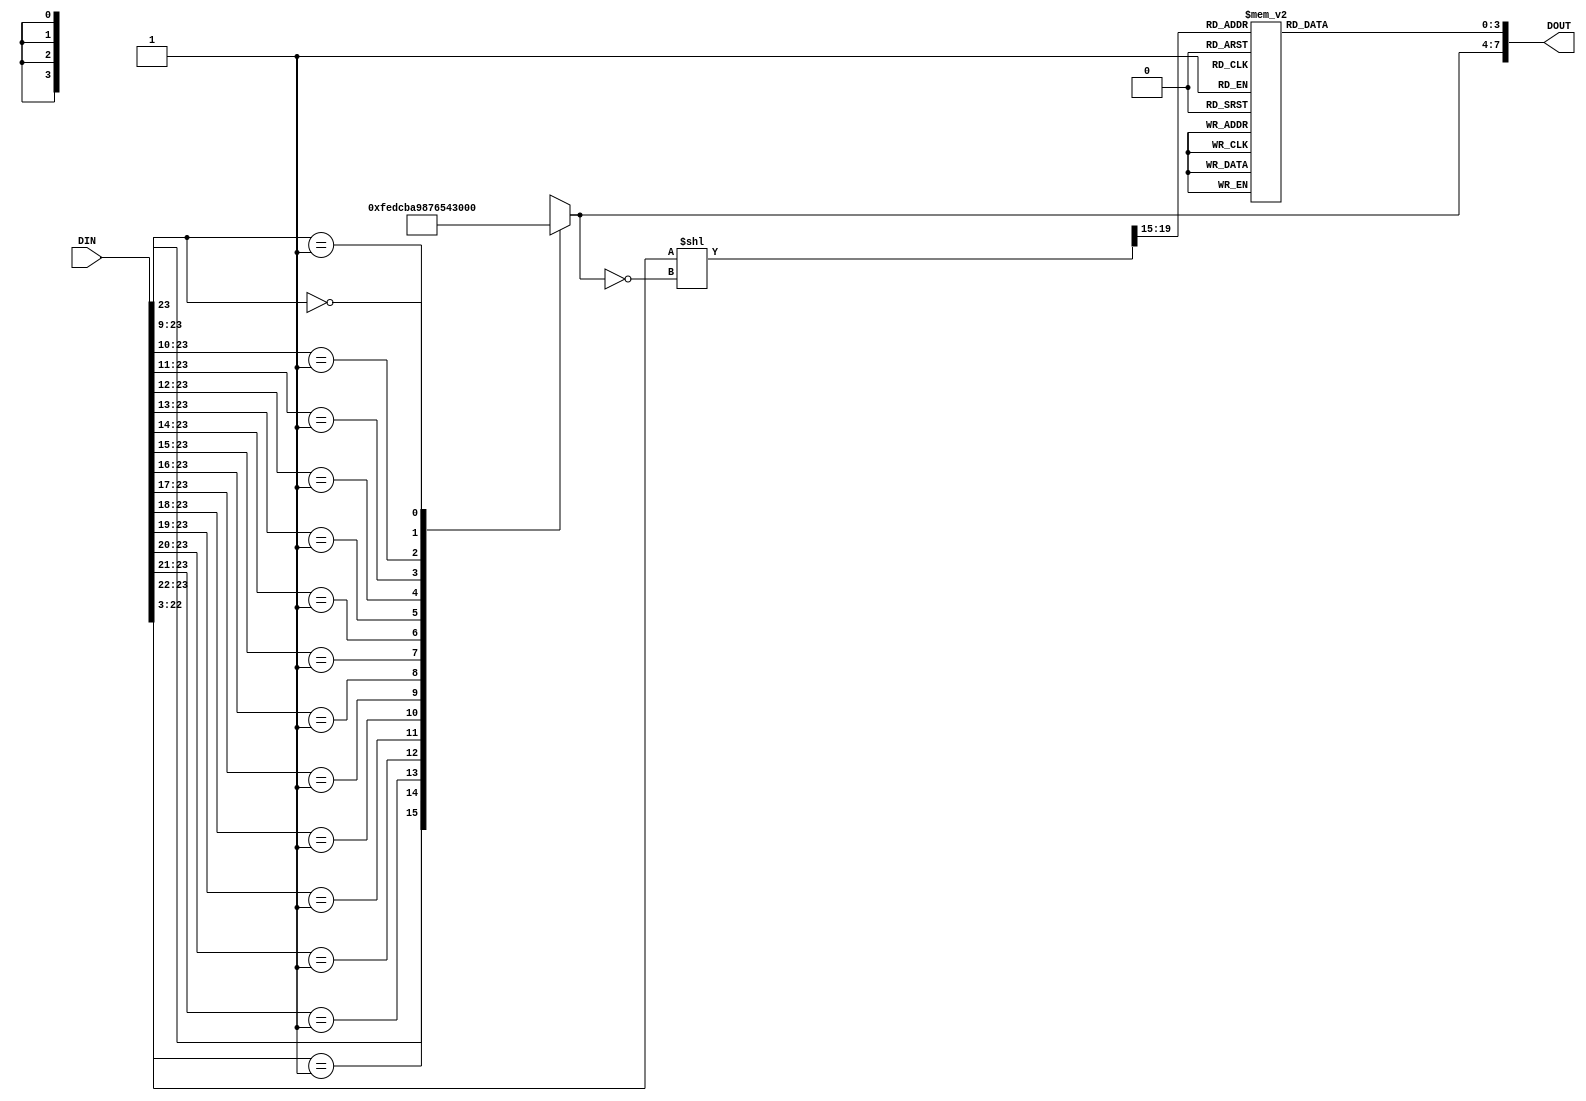
module Log2flowthru   
   
/*    
A fast base-2 logarithm function, 24 bits (21 used) in, 8 bits out.   
Designed and coded by: Michael Dunn, http://www.cantares.on.ca/   
(more info at the web site - see     "Extras    ")   
Executes every cycle, with a latency of 1 - slower throughput than pipelined   
version, but faster result.   
   
This version has a smallish lookup table, hence, a slightly uneven output.   
Valid input range = 000100 - FFFFFF. In effect, there is a binary point:   
xxxx.yy. Logs of inputs below 1.00 are negative, and not handled by this design.   
   
License: Free to use & modify, but please keep this header intact.   
July 27, 2010, Kitchener, Ontario, Canada   
*/   
   
(   
   	input [23:0]   	DIN,   
   	output   	[7:0]   	DOUT   
);   
   
   
// Comprises 3 main blocks: priority encoder, barrel shifter, and LUT   
   
wire   	[3:0]   	priencout1;   
wire   	[3:0]   	LUTout;    
   
assign   	DOUT   	=   	{priencout1, LUTout};   	// Basic top-level connectivity   
   
   
// Barrel shifter - OMG, it  's a primitive in Verilog!   
   
wire   	[19:0]   	barrelin   	=   	DIN[22:3];   
wire   	[19:0]   	tmp1 =   	(barrelin << ~priencout1);   
wire    	[4:0]   	barrelout   	=   	tmp1[19:15];   
   
   
// Priority encoder   
   
wire   	[15:0]   	priencin = DIN[23:8];   
always @*   
casex (priencin)   
   
   	16  'b1xxxxxxxxxxxxxxx:   	priencout1   	=   	15;   
   	16  'b01xxxxxxxxxxxxxx:   	priencout1   	=   	14;   
   	16  'b001xxxxxxxxxxxxx:   	priencout1   	=   	13;   	   
   	16  'b0001xxxxxxxxxxxx:   	priencout1   	=   	12;   	   
   	16  'b00001xxxxxxxxxxx:   	priencout1   	=   	11;   	   
   	16  'b000001xxxxxxxxxx:   	priencout1   	=   	10;   	   
   	16  'b0000001xxxxxxxxx:   	priencout1   	=   	9;   	   
   	16  'b00000001xxxxxxxx:   	priencout1   	=   	8;   	   
   	16  'b000000001xxxxxxx:   	priencout1   	=   	7;   	   
   	16  'b0000000001xxxxxx:   	priencout1   	=   	6;   	   
   	16  'b00000000001xxxxx:   	priencout1   	=   	5;   	   
   	16  'b000000000001xxxx:   	priencout1   	=   	4;   	   
   	16  'b0000000000001xxx:   	priencout1   	=   	3;   	   
   	16  'b00000000000001xx:   	priencout1   	=   	2;   	   
   	16  'b000000000000001x:   	priencout1   	=   	1;   	   
   	16  'b000000000000000x:   	priencout1   	=   	0;   
   	   
endcase   
   
   
   
/*   
LUT for log fraction lookup   
 - can be done with array or case:   
   
case (addr)   
0:out=0;   
.   
31:out=15;   
endcase   
   
   	OR   
   	   
wire [3:0] lut [0:31];   
assign lut[0] = 0;   
.   
assign lut[31] = 15;   
   
Are there any better ways?   
*/   
   
// Let  's try     "case    ".   
// The equation is: output = log2(1+input/32)*16   
// For larger tables, better to generate a separate data file using a program!   
   
always @*   
case (barrelout)   
   
   	0:   	LUTout   	=   	0;   
   	1:   	LUTout   	=   	1;   
   	2:   	LUTout   	=   	1;   
   	3:   	LUTout   	=   	2;   
   	4:   	LUTout   	=   	3;   
   	5:   	LUTout   	=   	3;   
   	6:   	LUTout   	=   	4;   
   	7:   	LUTout   	=   	5;   
   	8:   	LUTout   	=   	5;   
   	9:   	LUTout   	=   	6;   
   	10:   	LUTout   	=   	6;   
   	11:   	LUTout   	=   	7;   
   	12:   	LUTout   	=   	7;   
   	13:   	LUTout   	=   	8;   
   	14:   	LUTout   	=   	8;   
   	15:   	LUTout   	=   	9;   
   	16:   	LUTout   	=   	9;   
   	17:   	LUTout   	=   	10;   
   	18:   	LUTout   	=   	10;   
   	19:   	LUTout   	=   	11;   
   	20:   	LUTout   	=   	11;   
   	21:   	LUTout   	=   	12;   
   	22:   	LUTout   	=   	12;   
   	23:   	LUTout   	=   	13;   
   	24:   	LUTout   	=   	13;   
   	25:   	LUTout   	=   	13;   
   	26:   	LUTout   	=   	14;   
   	27:   	LUTout   	=   	14;   
   	28:   	LUTout   	=   	14;   	// calculated value is *slightly* closer to 15, but 14 makes for a smoother curve!   
   	29:   	LUTout   	=   	15;   
   	30:   	LUTout   	=   	15;   
   	31:   	LUTout   	=   	15;   
   
endcase   
   
endmodule